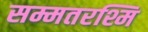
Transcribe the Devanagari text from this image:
सम्मतरश्मि